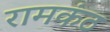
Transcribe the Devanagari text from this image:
रामकंठ